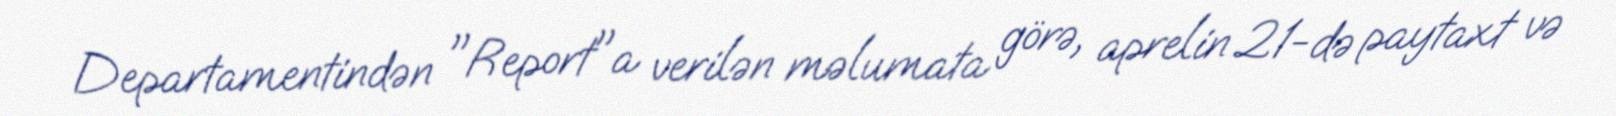
Departamentindən "Report"a verilən məlumata görə, aprelin 21-də paytaxt və